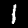
Digit: 1